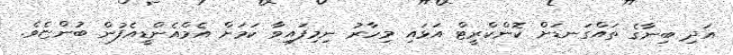
އަދި ބިނާގެ ތައްގަނޑަށް ކޮންކްރީޓް އަޅައި މިހާރު ނިމިފައިވާ ކަމަށް އެމްއެންޑީއެފުން ބުންޏެވެ.